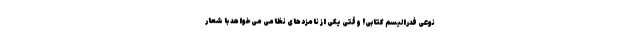
نوعی فدرالیسم کتابی! وقتی یکی از نامزدهای نظامی می‌خواهد با شعار